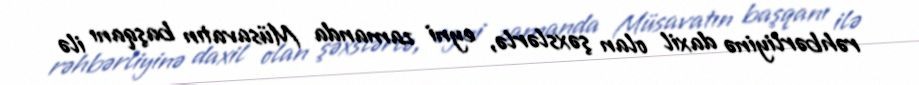
rəhbərliyinə daxil olan şəxslərlə, eyni zamanda Müsavatın başqanı ilə